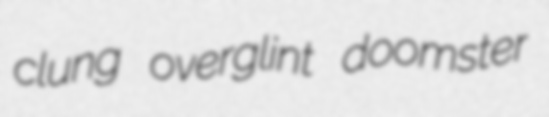
clung overglint doomster